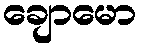
ချောမော